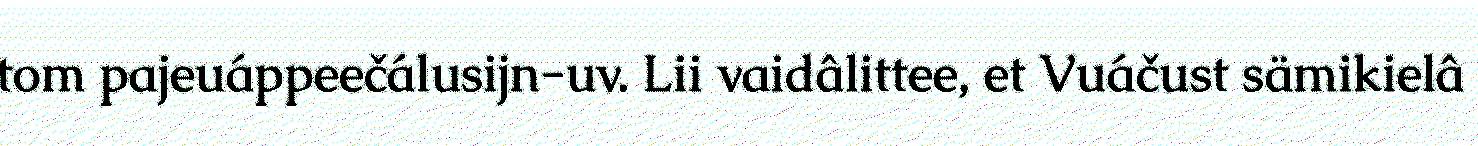
tom pajeuáppeečálusijn-uv. Lii vaidâlittee, et Vuáčust sämikielâ